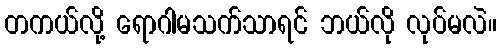
တကယ်လို့ ရောဂါမသက်သာရင် ဘယ်လို လုပ်မလဲ။